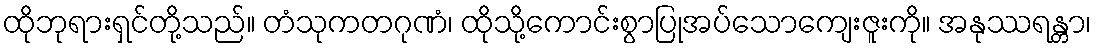
ထိုဘုရားရှင်တို့သည်။ တံသုကတဂုဏံ၊ ထိုသို့ကောင်းစွာပြုအပ်သောကျေးဇူးကို။ အနုဿရန္တာ၊